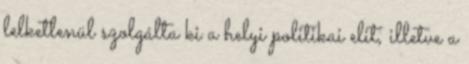
lelketlenül szolgálta ki a helyi politikai elit, illetve a